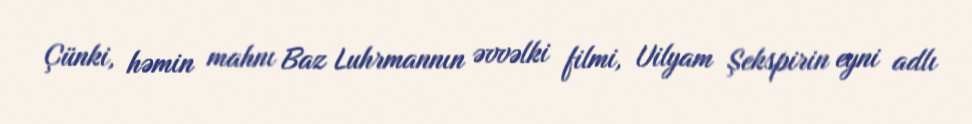
Çünki, həmin mahnı Baz Luhrmannın əvvəlki filmi, Uilyam Şekspirin eyni adlı